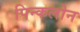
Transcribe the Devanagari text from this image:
पिन्कलोन